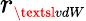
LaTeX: r_{\scriptscriptstyle\textsl{vdW}}